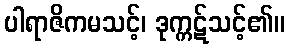
ပါရာဇိကမသင့်၊ ဒုက္ကဋ်သင့်၏။